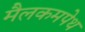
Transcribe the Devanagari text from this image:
मैलकमपेथ